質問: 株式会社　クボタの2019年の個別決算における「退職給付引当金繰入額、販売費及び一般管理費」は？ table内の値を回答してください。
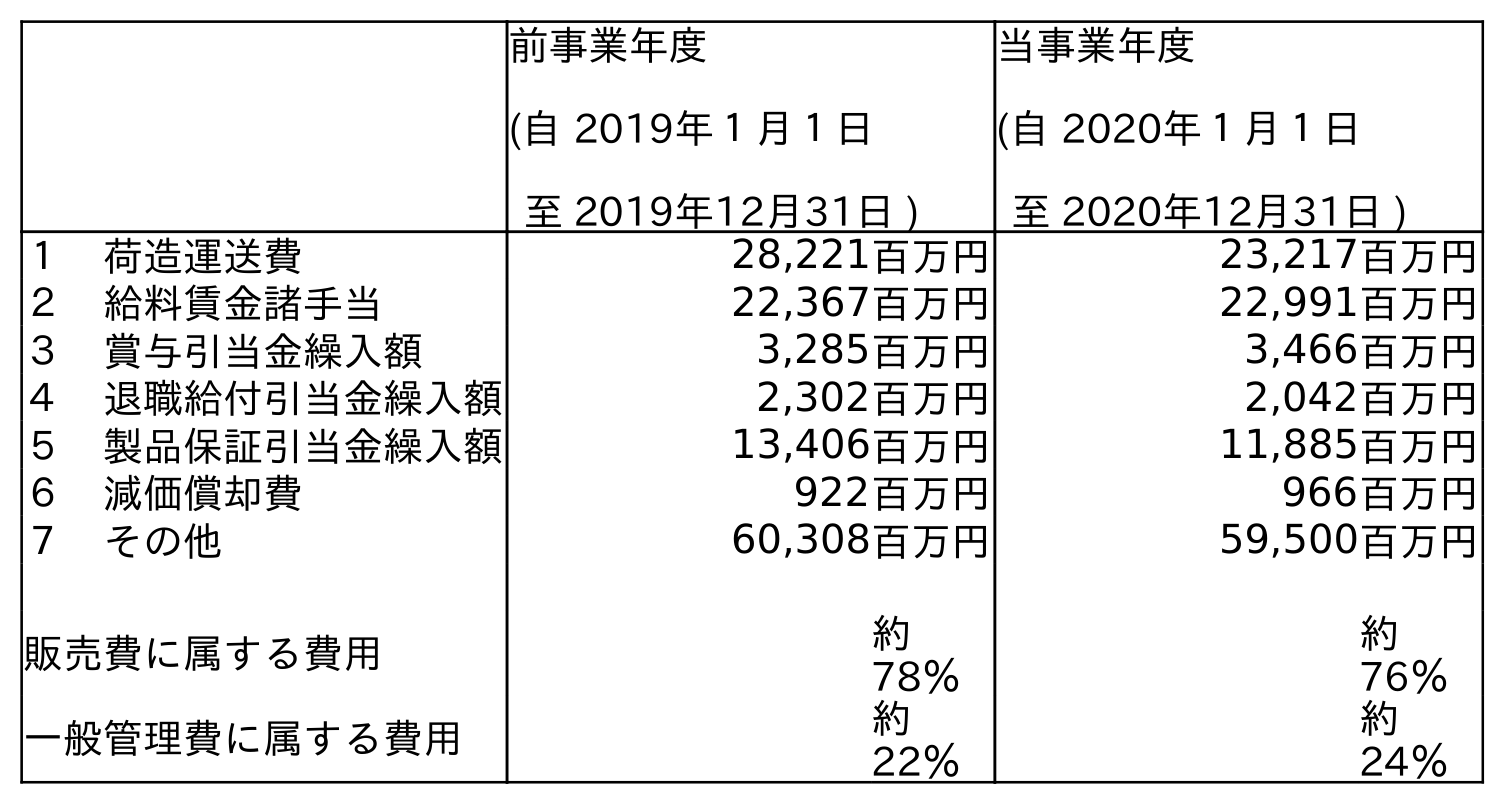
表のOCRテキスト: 前事業年度 (自 2019年１月１日 至 2019年12月31日 ) 当事業年度 (自 2020年１月１日 至 2020年12月31日 ) １ 荷造運送費 28,221百万円 23,217百万円 ２ 給料賃金諸手当 22,367百万円 22,991百万円 ３ 賞与引当金繰入額 3,285百万円 3,466百万円 ４ 退職給付引当金繰入額 2,302百万円 2,042百万円 ５ 製品保証引当金繰入額 13,406百万円 11,885百万円 ６ 減価償却費 922百万円 966百万円 ７ その他 60,308百万円 59,500百万円 販売費に属する費用 約 78％ 約 76％ 一般管理費に属する費用 約 22％ 約 24％
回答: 2,302